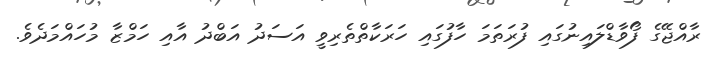
ރާއްޖޭގެ ފޯވާޑްލައިނުގައި ފުރަތަމަ ހާފުގައި ހަރަކާތްތެރިވީ އަސަދު އަބްދު އާއި ހަމްޒާ މުހައްމަދެވެ.